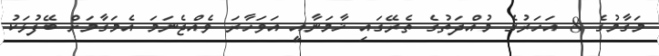
މަގާމުގެ 8 އަހަރުގެ މުއްދަތުގެ ތެރޭގައި ޚާމަނާއީ އަވަހާރަ ވެއްޖެނަމަ އެމަގާމަށް ބޭފުޅަކު